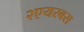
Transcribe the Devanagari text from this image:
२एयरबस